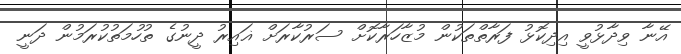
އޭނާ ވިދާޅުވީ އިދިކޮޅު ފަރާތްތަކުން މުޒާހަރާކޮށް ސަރުކާރަށް ޣައިރު ދީނުގެ ތުހުމަތުކުރަމުން ދަނީ